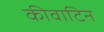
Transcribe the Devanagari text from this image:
कीवाटिन